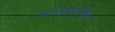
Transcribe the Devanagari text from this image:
आत्मजागृतीवर